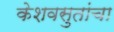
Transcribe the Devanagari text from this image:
केशवसुतांचा